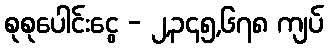
စုစုပေါင်းငွေ - ၂,၃၄၅,၆၇၈ ကျပ်